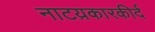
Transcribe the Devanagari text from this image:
नाटय़कारकीर्द